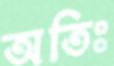
অতিঃ